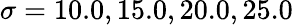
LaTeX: \sigma=10.0,15.0,20.0,25.0